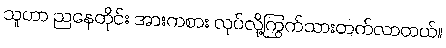
သူဟာ ညနေတိုင်း အားကစား လုပ်လို့ကြွက်သားတက်လာတယ်။